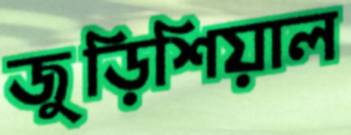
জুড়িশিয়াল